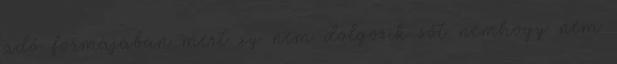
adó formájában mert xy nem dolgozik sőt nemhogy nem